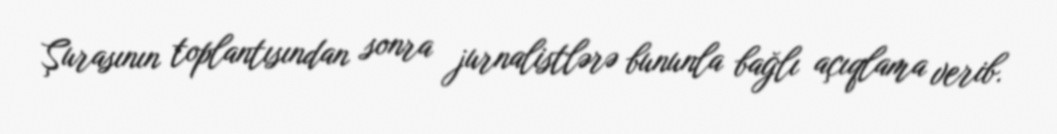
Şurasının toplantısından sonra jurnalistlərə bununla bağlı açıqlama verib.